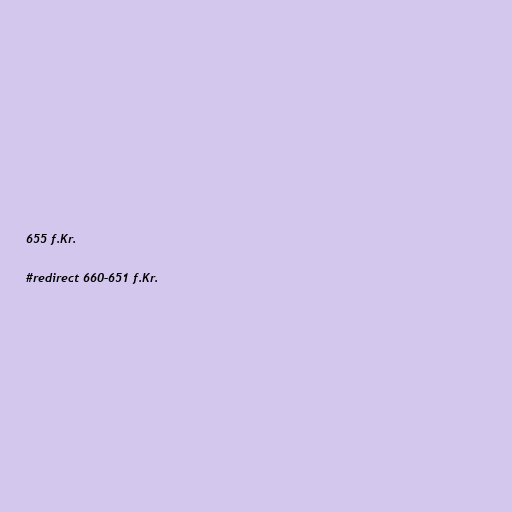
655 f.Kr.

#redirect 660–651 f.Kr.